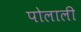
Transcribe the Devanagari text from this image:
पोलाली